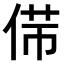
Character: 𠊃